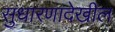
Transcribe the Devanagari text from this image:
सुधारणादेखील